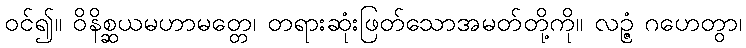
ဝင်၍။ ဝိနိစ္ဆယမဟာမတ္တေ၊ တရားဆုံးဖြတ်သောအမတ်တို့ကို။ လဉ္ဇံ ဂဟေတွာ၊